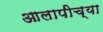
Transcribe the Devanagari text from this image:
आलापीच्या